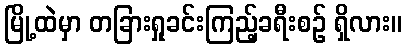
မြို့ထဲမှာ တခြားရှုခင်းကြည့်ခရီးစဉ် ရှိလား။